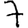
Digit: 7